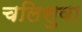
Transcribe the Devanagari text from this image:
चलिसुवा